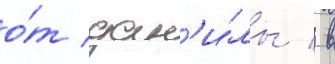
о́т дан'и́лы / в